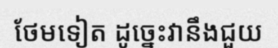
ថែមទៀត ដូច្នេះវានឹងជួយ